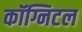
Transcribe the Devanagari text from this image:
कॉग्निटल